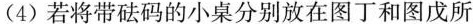
(4)若将带砝码的小桌分别放在图丁和图戊所